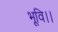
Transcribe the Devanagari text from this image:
भूवि।।